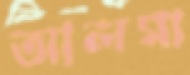
আলমা